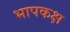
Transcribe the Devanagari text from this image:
भापकक्ष